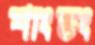
শাংডং